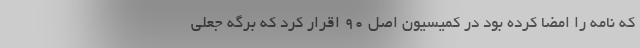
که نامه را امضا کرده بود در کمیسیون اصل ۹۰ اقرار کرد که برگه جعلی